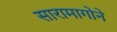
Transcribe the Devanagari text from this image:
सारामागोने